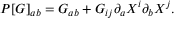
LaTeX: P [ G ] _ { a b } = G _ { a b } + G _ { i j } \partial _ { a } X ^ { i } \partial _ { b } X ^ { j } .